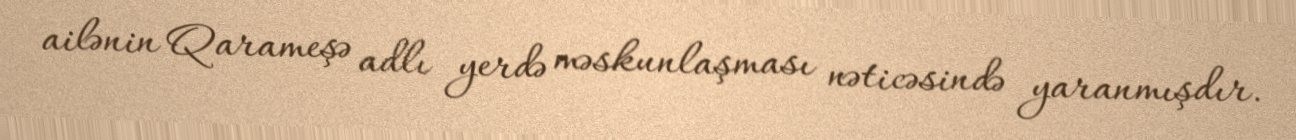
ailənin Qarameşə adlı yerdə məskunlaşması nəticəsində yaranmışdır.